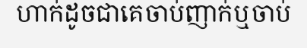
ហាក់ដូចជាគេចាប់ញាក់ឬចាប់